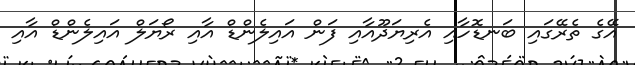
އޭގެ ތެރޭގައި ބަނޑޮހާއި އެރިޔަދޫއާއި ފަން އައިލެންޑް އާއި ރޯޔަލް އައިލެންޑް އާއި